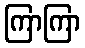
ကြာကြာ